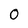
Character: 0